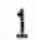
1